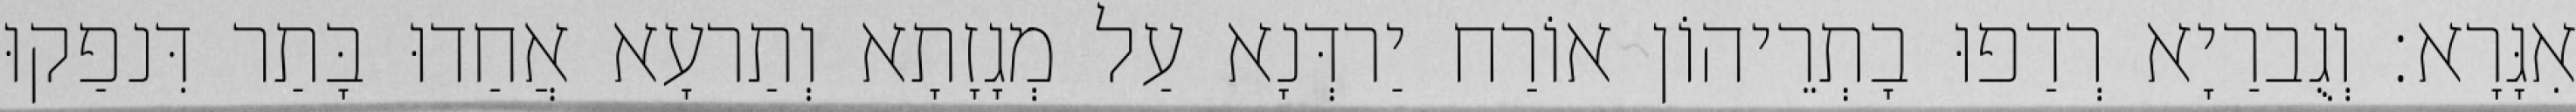
אִגָּרָא׃ וְגֻברַיָא רְדַפוּ בָתְרֵיהוֹן אוֹרַח יַרדְּנָא עַל מְגָזָתָא וְתַרעָא אֲחַדוּ בָּתַר דִּנפַקוּ